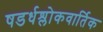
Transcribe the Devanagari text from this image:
षडर्धश्लोकवार्तिक